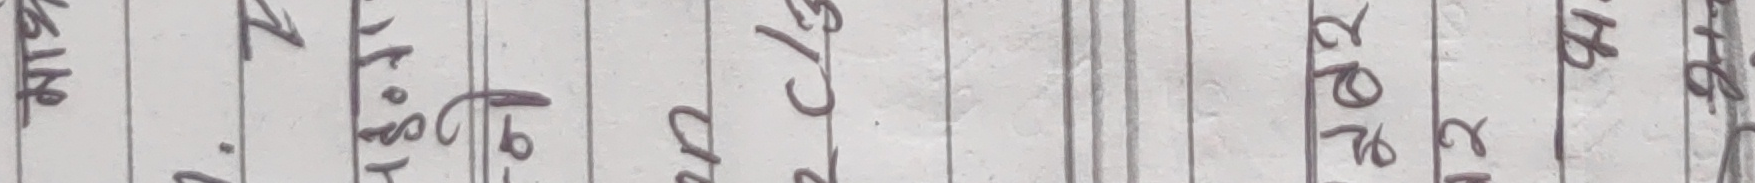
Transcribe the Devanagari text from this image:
ममत ० कु
1. प्रयो
ट क ठ
त ब क
श न र
अशोक रया